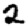
Digit: 2